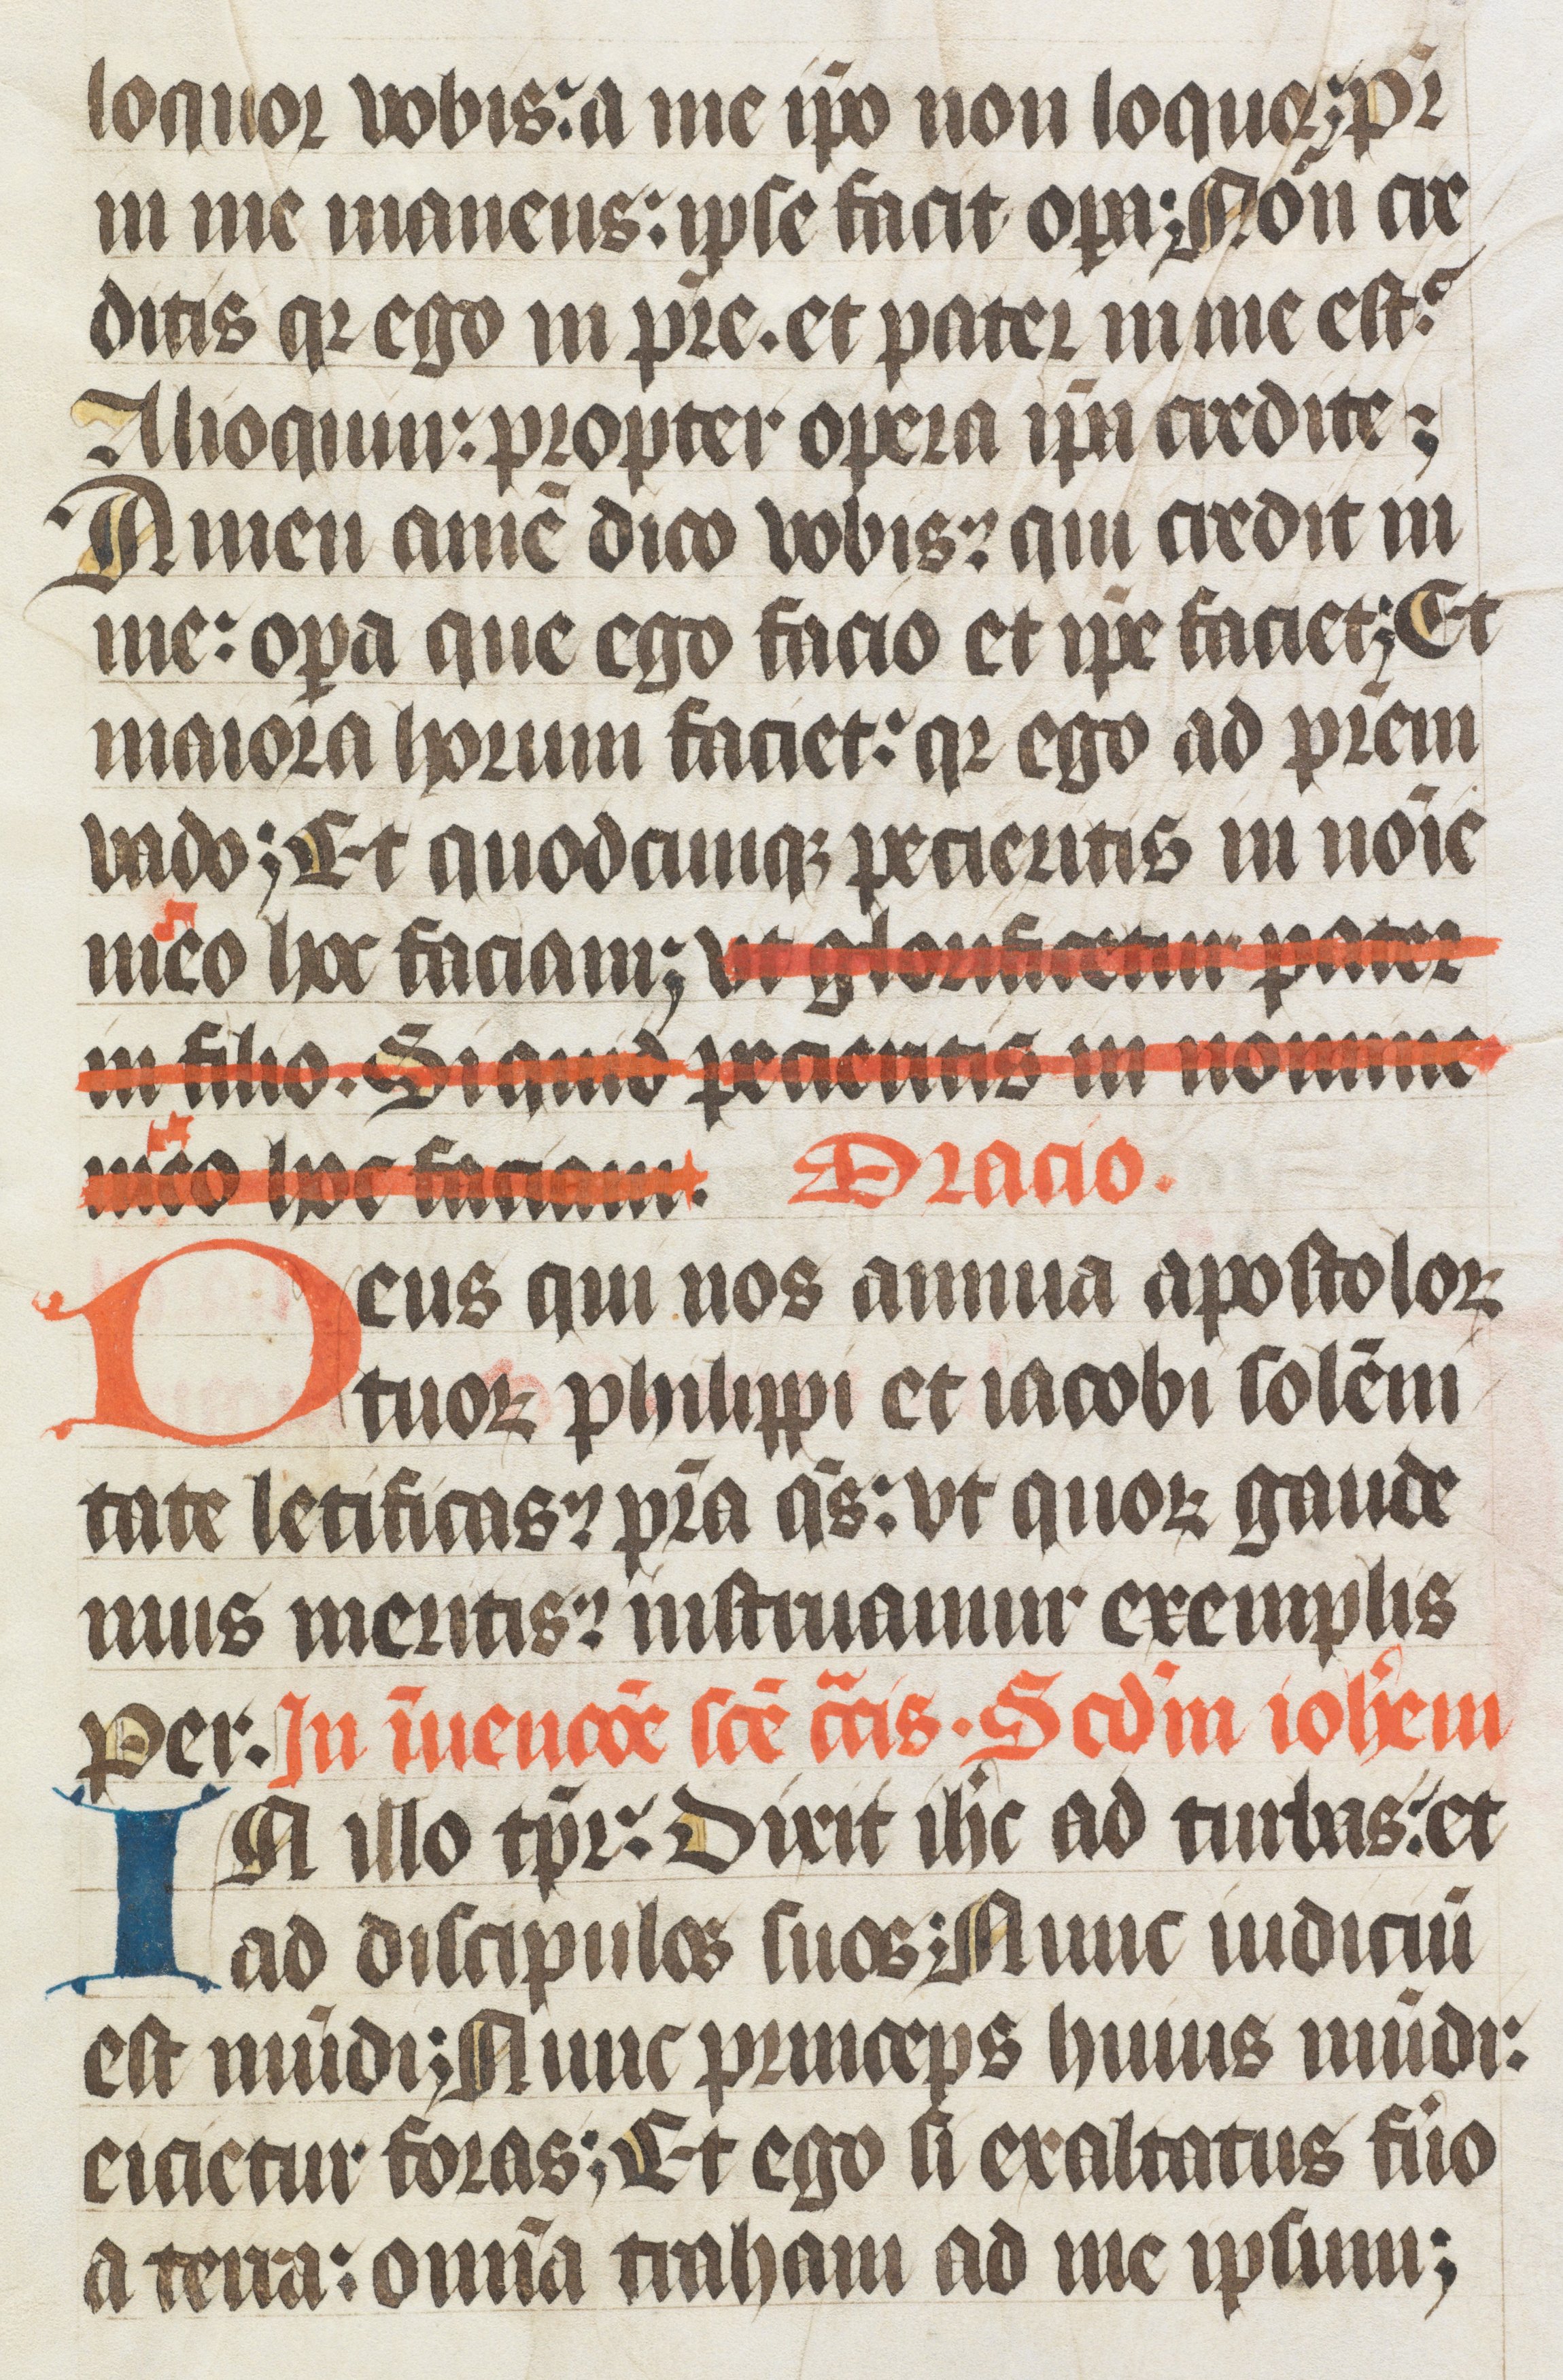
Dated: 1400–1499